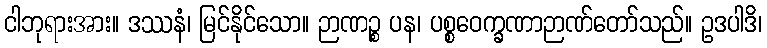
ငါဘုရားအား။ ဒဿနံ၊ မြင်နိုင်သော။ ဉာဏဉ္စ ပန၊ ပစ္စဝေက္ခဏာဉာဏ်တော်သည်။ ဥဒပါဒိ၊